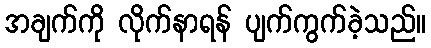
အချက်ကို လိုက်နာရန် ပျက်ကွက်ခဲ့သည်။